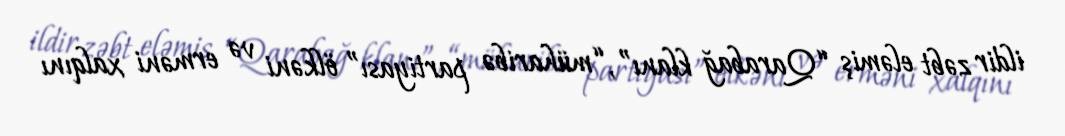
ildir zəbt eləmiş “Qarabağ klanı”, “müharibə partiyası” ölkəni və erməni xalqını